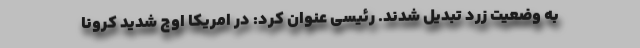
به وضعیت زرد تبدیل شدند. رئیسی عنوان کرد: در امریکا اوج شدید کرونا